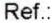
REF.: